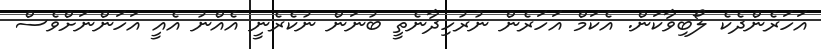
އަހަރެންދެކެ ލޯބިވާކަން. އެކަމް އަހަރެން ނުރުހިދާނެތީ ބުނަން ނުކެރެނީ އެއްނު އެއީ އަހަންނަށްވެސް